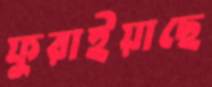
ফুরাইয়াছে